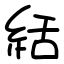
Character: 絬